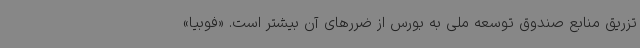
تزریق منابع صندوق توسعه ملی به بورس از ضررهای آن بیشتر است. «فوبیا»